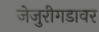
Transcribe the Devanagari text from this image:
जेजुरीगडावर